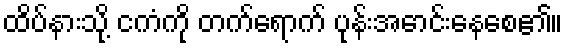
ထိပ်နားသို့ ငကံကို တက်ရောက် ပုန်းအောင်းနေစေ၏။